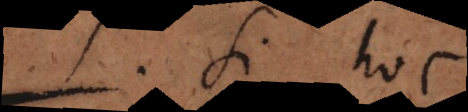
. Si hoc